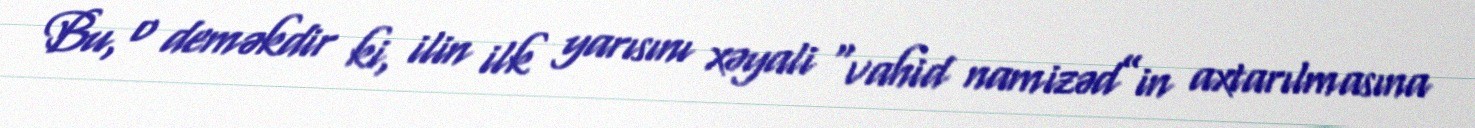
Bu, o deməkdir ki, ilin ilk yarısını xəyali “vahid namizəd”in axtarılmasına